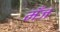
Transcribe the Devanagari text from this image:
मँज